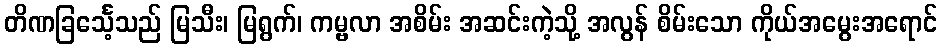
တိဏခြင်္သေ့သည် မြသီး၊ မြရွက်၊ ကမ္ဗလာ အစိမ်း အဆင်းကဲ့သို့ အလွန် စိမ်းသော ကိုယ်အမွေးအရောင်